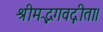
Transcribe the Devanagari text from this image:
श्रीमद्भगवद्गीता।